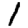
Digit: 1